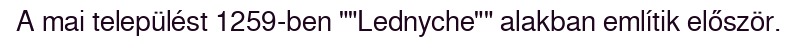
A mai települést 1259-ben ""Lednyche"" alakban említik először.